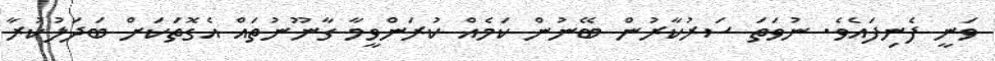
ވަނީ ފެނިފައެވެ. ނުވަތަ ސަރުކާރުން ބޭނުން ކަމެއް ކުރަންވީމާ ގާނޫނުތައް އެގޮތަކަށް ބަދަލުކުރާ